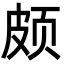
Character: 颇